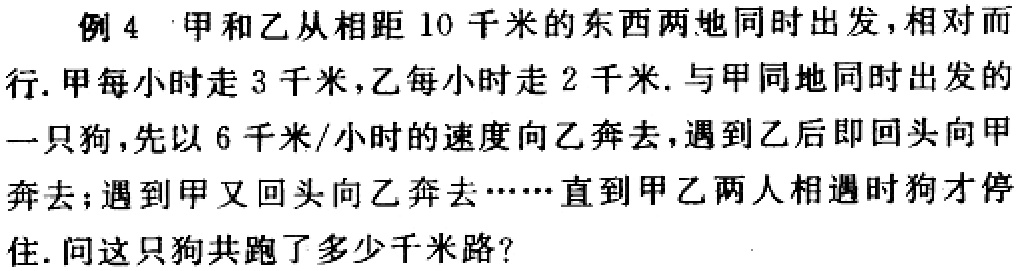
例 4 甲和乙从相距 10 千米的东西两地同时出发，相对而行. 甲每小时走 3 千米，乙每小时走 2 千米. 与甲同地同时出发的一只狗，先以 6 千米/小时的速度向乙奔去，遇到乙后即回头向甲奔去；遇到甲又回头向乙奔去……直到甲乙两人相遇时狗才停住. 问这只狗共跑了多少千米路？